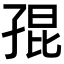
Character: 𡥵